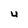
Character: 4